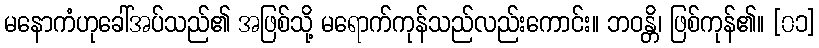
မနောကံဟုခေါ်အပ်သည်၏ အဖြစ်သို့ မရောက်ကုန်သည်လည်းကောင်း။ ဘဝန္တိ၊ ဖြစ်ကုန်၏။ [၀၁]